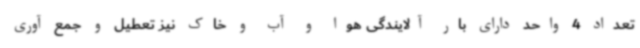
تعداد 4 واحد دارای بار آلایندگی هوا و آب و خاک نیز تعطیل و جمع آوری